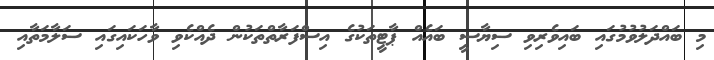
މި ބައްދަލުވުމުގައި ބައިވެރިވި ސިޔާސީ ބައެއް ޕާޓީތަކުގެ އިސްފަރާތްތަކުން ދެއްކެވި ވާހަކައިގައި ސަލާމަތާއި